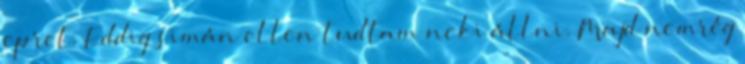
epret. Eddig simán ellen tudtam neki állni. Majd nemrég